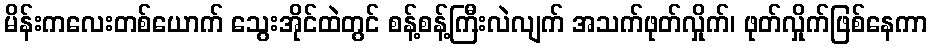
မိန်းကလေးတစ်ယောက် သွေးအိုင်ထဲတွင် စန့်စန့်ကြီးလဲလျက် အသက်ဖုတ်လှိုက်၊ ဖုတ်လှိုက်ဖြစ်နေကာ